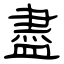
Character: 盡